Annual administration report of the Civil Veterinary Department of India - 1898-1899
Year: 1898
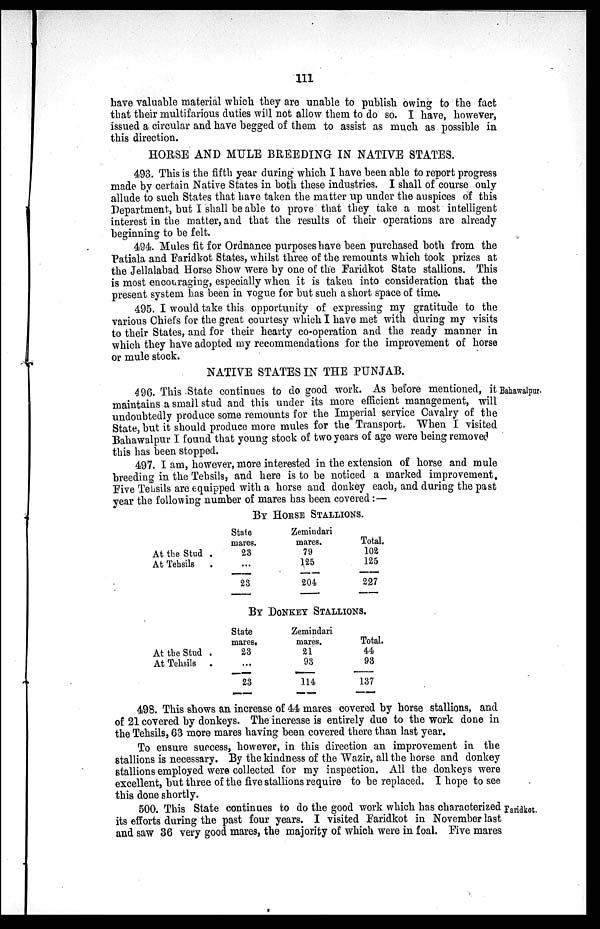
111
have valuable material which they are unable to publish owing to the fact
that their multifarious duties will not allow them to do so. I have, however,
issued a circular and have begged of them to assist as much as possible in
this direction.
HORSE AND MULE BREEDING IN NATIVE STATES.
493. This is the fifth year during which I have been able to report progress
made by certain Native States in both these industries. I shall of course only
allude to such States that have taken the matter up under the auspices of this
Department, but I shall be able to prove that they take a most intelligent
interest in the matter, and that the results of their operations are already
beginning to be felt.
494. Mules fit for Ordnance purposes have been purchased both from the
Patiala and Faridkot States, whilst three of the remounts which took prizes at
the Jellalabad Horse Show were by one of the Faridkot State stallions. This
is most encouraging, especially when it is taken into consideration that the
present system has been in vogue for but such a short space of time.
495. I would take this opportunity of expressing my gratitude to the
various Chiefs for the great courtesy which I have met with during my visits
to their States, and for their hearty co-operation and the ready manner in
which they have adopted my recommendations for the improvement of horse
or mule stock.
NATIVE STATES IN THE PUNJAB.
Bahawalpur
496. This State continues to do good work. As before mentioned, it
maintains a small stud and this under its more efficient management, will
undoubtedly produce some remounts for the Imperial service Cavalry of the
State, but it should produce more mules for the Transport. When I visited
Bahawalpur I found that young stock of two years of age were being removed
this has been stopped.
497. I am, however, more interested in the extension of horse and mule
breeding in the Tehsils, and here is to be noticed a marked improvement.
Five Tehsils are equipped with a horse and donkey each, and during the past
year the following number of mares has been covered:—
BY HOUSE STALLIONS.
At the Stud .
At Tehsils
.
State
mares.
23
...
23
Zemindari
mares.
79
125
204
Total.
102
125
227
BY DONKEY STALLIONS.
At the Stud .
At Tehsils
.
State
mares.
23
...
23
Zemindari
mares.
21
93
114
Total.
44
93
137
498. This shows an increase of 44 mares covered by horse stallions, and
of 21 covered by donkeys. The increase is entirely due to the work done in
the Tehsils, 63 more mares having been covered there than last year.
To ensure success, however, in this direction an improvement in the
stallions is necessary. By the kindness of the Wazir, all the horse and donkey
stallions employed were collected for my inspection. All the donkeys were
excellent, but three of the five stallions require to be replaced. I hope to see
this done shortly.
Faridkot.
500. This State continues to do the good work which has characterized
its efforts during the past four years. I visited Faridkot in November last
and saw 36 very good mares, the majority of which were in foal. Five mares